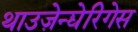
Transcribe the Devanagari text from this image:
थाउज़ेन्द्येरिगेस